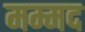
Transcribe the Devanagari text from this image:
मम्मद